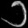
Digit: ၁